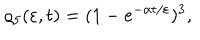
LaTeX: \varrho _ { 5 } ( \varepsilon , t ) = ( 1 - e ^ { - \alpha t / \varepsilon } ) ^ { 3 } \nonumber ,